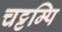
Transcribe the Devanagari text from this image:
चट्टम्पि